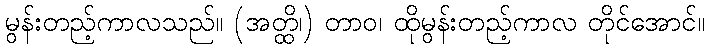
မွန်းတည့်ကာလသည်။ (အတ္ထိ၊) တာဝ၊ ထိုမွန်းတည့်ကာလ တိုင်အောင်။